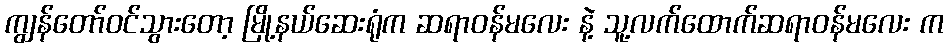
ကျွန်တော်ဝင်သွားတော့ မြို့နယ်ဆေးရုံက ဆရာဝန်မလေး နဲ့ သူ့လက်ထောက်ဆရာဝန်မလေး က